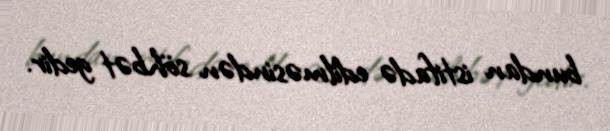
bundan istifadə edilməsindən söhbət gedir.